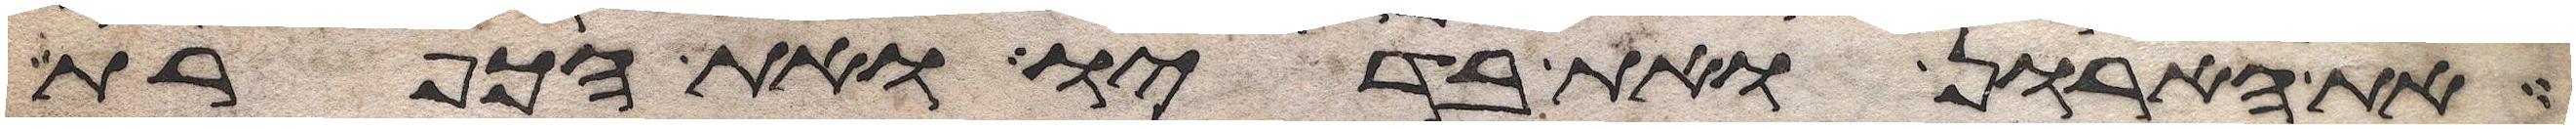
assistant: את הארון ואת בדיו ואת הכפרת